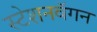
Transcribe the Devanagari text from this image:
स्टेशनवॅगन